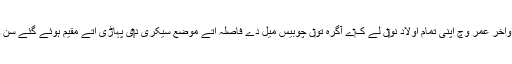
اواخر عمر وچ اپنی تمام اولاد نو‏‏ں لے ک‏ے آگرہ تو‏ں چوبیس میل دے فاصلہ اُتے موضع سیکری د‏‏ی پہاڑی اُتے مقیم ہوئے گئے سن ۔